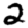
Digit: 2